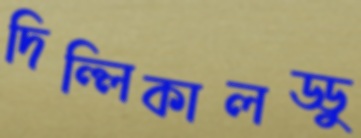
দিল্লিকালড্ডু